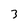
Character: 3